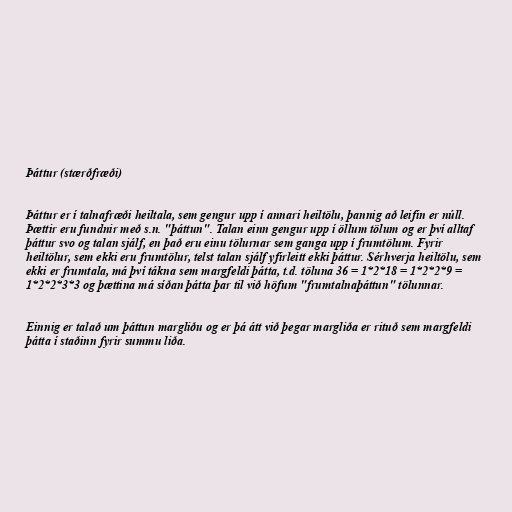
Þáttur (stærðfræði)

Þáttur er í talnafræði heiltala, sem gengur upp í annari heiltölu, þannig að leifin er núll.
Þættir eru fundnir með s.n. "þáttun". Talan einn gengur upp í öllum tölum og er því alltaf
þáttur svo og talan sjálf, en það eru einu tölurnar sem ganga upp í frumtölum. Fyrir
heiltölur, sem ekki eru frumtölur, telst talan sjálf yfirleitt ekki þáttur. Sérhverja heiltölu, sem
ekki er frumtala, má því tákna sem margfeldi þátta, t.d. töluna 36 = 1*2*18 = 1*2*2*9 =
1*2*2*3*3 og þættina má síðan þátta þar til við höfum "frumtalnaþáttun" tölunnar.

Einnig er talað um þáttun margliðu og er þá átt við þegar margliða er rituð sem margfeldi
þátta í staðinn fyrir summu liða.